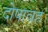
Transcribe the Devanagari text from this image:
दोषावह